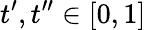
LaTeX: t^{\prime},t^{\prime\prime}\in\lbrack 0,1]